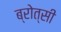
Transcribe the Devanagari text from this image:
ब्रोत्सी